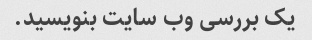
یک بررسی وب سایت بنویسید.